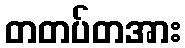
တတပ်တအား